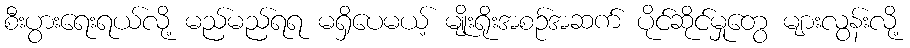
စီးပွားရေးရယ်လို့ မည်မည်ရရ မရှိပေမယ့် မျိုးရိုးအစဉ်အဆက် ပိုင်ဆိုင်မှုတွေ များလွန်းလို့